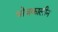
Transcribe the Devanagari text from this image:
भोजकालीन